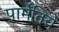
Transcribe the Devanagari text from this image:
पार्मेंतिये